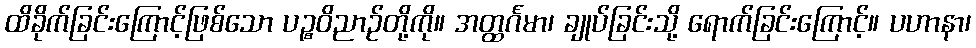
ထိခိုက်ခြင်းကြောင့်ဖြစ်သော ပဉ္စဝိညာဉ်တို့ကို။ အတ္ထင်္ဂမာ၊ ချုပ်ခြင်းသို့ ရောက်ခြင်းကြောင့်။ ပဟာနာ၊